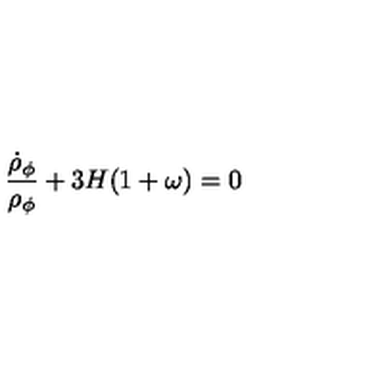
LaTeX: { \frac { \dot { \rho } _ { \phi } } { \rho _ { \phi } } } + 3 H ( 1 + \omega ) = 0